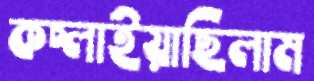
কচ্‌লাইয়াছিলাম